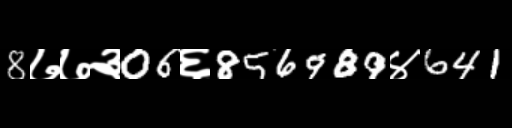
Text: 8७७३06६856989४641